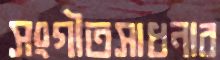
সংগীতসাধনার